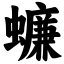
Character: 蠊